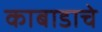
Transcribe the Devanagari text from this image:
काबाडाचे